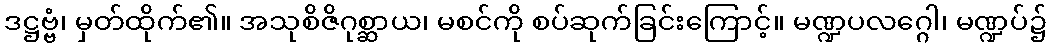
ဒဋ္ဌဗ္ဗံ၊ မှတ်ထိုက်၏။ အသုစိဇိဂုစ္ဆာယ၊ မစင်ကို စပ်ဆုက်ခြင်းကြောင့်။ မဏ္ဍပလဂ္ဂေါ၊ မဏ္ဍပ်၌